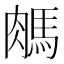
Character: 𦟖